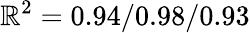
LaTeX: \mathbb{R}^{2}=0.94/0.98/0.93